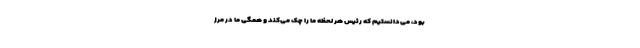
بود، می‌دانستیم که رئیس هر لحظه ما را چک می‌کند و همگی ما در مرز